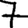
Digit: 7